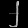
Digit: ၂